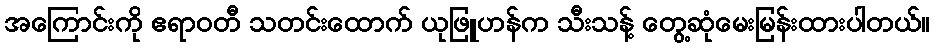
အကြောင်းကို ဧရာဝတီ သတင်းထောက် ယုဖြူဟန်က သီးသန့် တွေ့ဆုံမေးမြန်းထားပါတယ်။